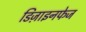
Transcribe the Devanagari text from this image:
डिज़ाइनफेज